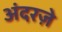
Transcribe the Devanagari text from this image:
अंदरज़े